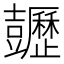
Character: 𧰡